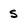
Character: s